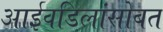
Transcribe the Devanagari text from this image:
आईवडिलांसोबत